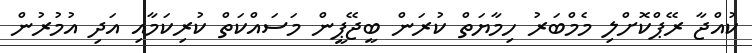
ކުއްޖާ ރޭޕްކޮށްލި މެމްބަރު ހިމާޔަތް ކުރަން ބީޖޭޕީން މަސައްކަތް ކުރިކަމާއި އަދި އުމުރުން